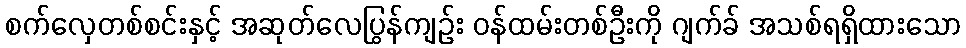
စက်လှေတစ်စင်းနှင့် အဆုတ်လေပြွန်ကျဉ်း ဝန်ထမ်းတစ်ဦးကို ဂျက်ခ် အသစ်ရရှိထားသော